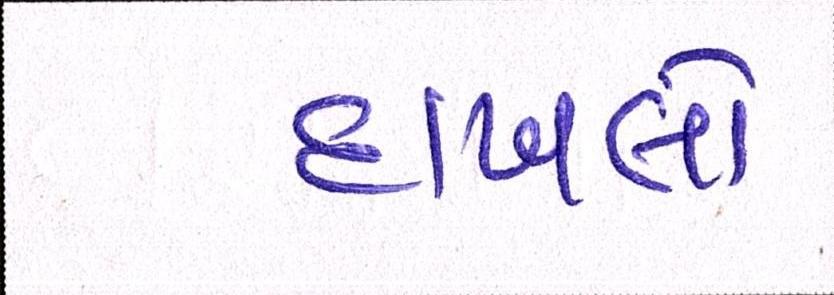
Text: દાખલો